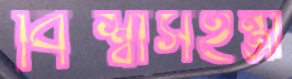
বিশ্বাসহন্ত্রী